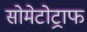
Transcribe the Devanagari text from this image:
सोमेटोट्राफ